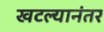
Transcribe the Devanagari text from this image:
खटल्यानंतर